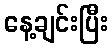
နေ့ချင်းပြီး